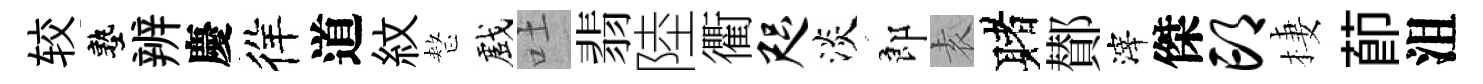
较塾辨慶徉道紋整戲吐翡陸衢咫淡郎𡊮赌鄼滓傑邙棲莭沮